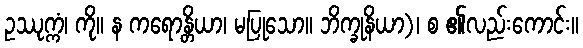
ဥဿုက္ကံ၊ ကို။ န ကရောန္တိယာ၊ မပြုသော။ ဘိက္ခုနိယာ)၊ စ ၏လည်းကောင်း။